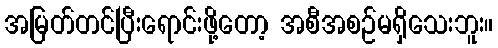
အမြတ်တင်ပြီးရောင်းဖို့တော့ အစီအစဉ်မရှိသေးဘူး။